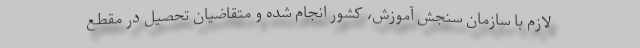
لازم با سازمان سنجش آموزش، کشور انجام شده و متقاضیان تحصیل در مقطع